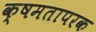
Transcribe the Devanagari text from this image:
क्षमतापरक